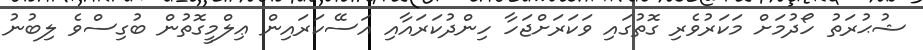
ޝުޙުރަތު ހޯދުމަށް މަކަރުވެރި ގޮތުގައި ވަކަރަށްޖަހާ ހިންދުކަރައާއި އަސޭކަރައިން ޢިލްމީގޮތުން ބުގިސްވެ ލިބުނު